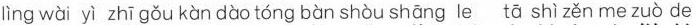
lìng wài yì zhī gǒu kàn dào tóng bàn shòu shāng tā shì zěn me zuò de